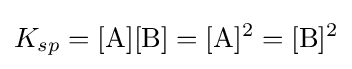
K_{sp}=\mathrm {[A][B]} =\mathrm {[A]^{2}} =\mathrm {[B]^{2}}